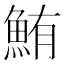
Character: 鮪